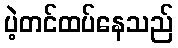
ပဲ့တင်ထပ်နေသည်